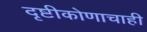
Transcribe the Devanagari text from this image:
दृष्टीकोणाचाही